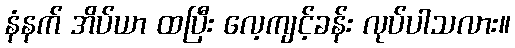
နံနက် အိပ်ယာ ထပြီး လေ့ကျင့်ခန်း လုပ်ပါသလား။